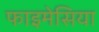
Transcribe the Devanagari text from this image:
फाइमेसिया